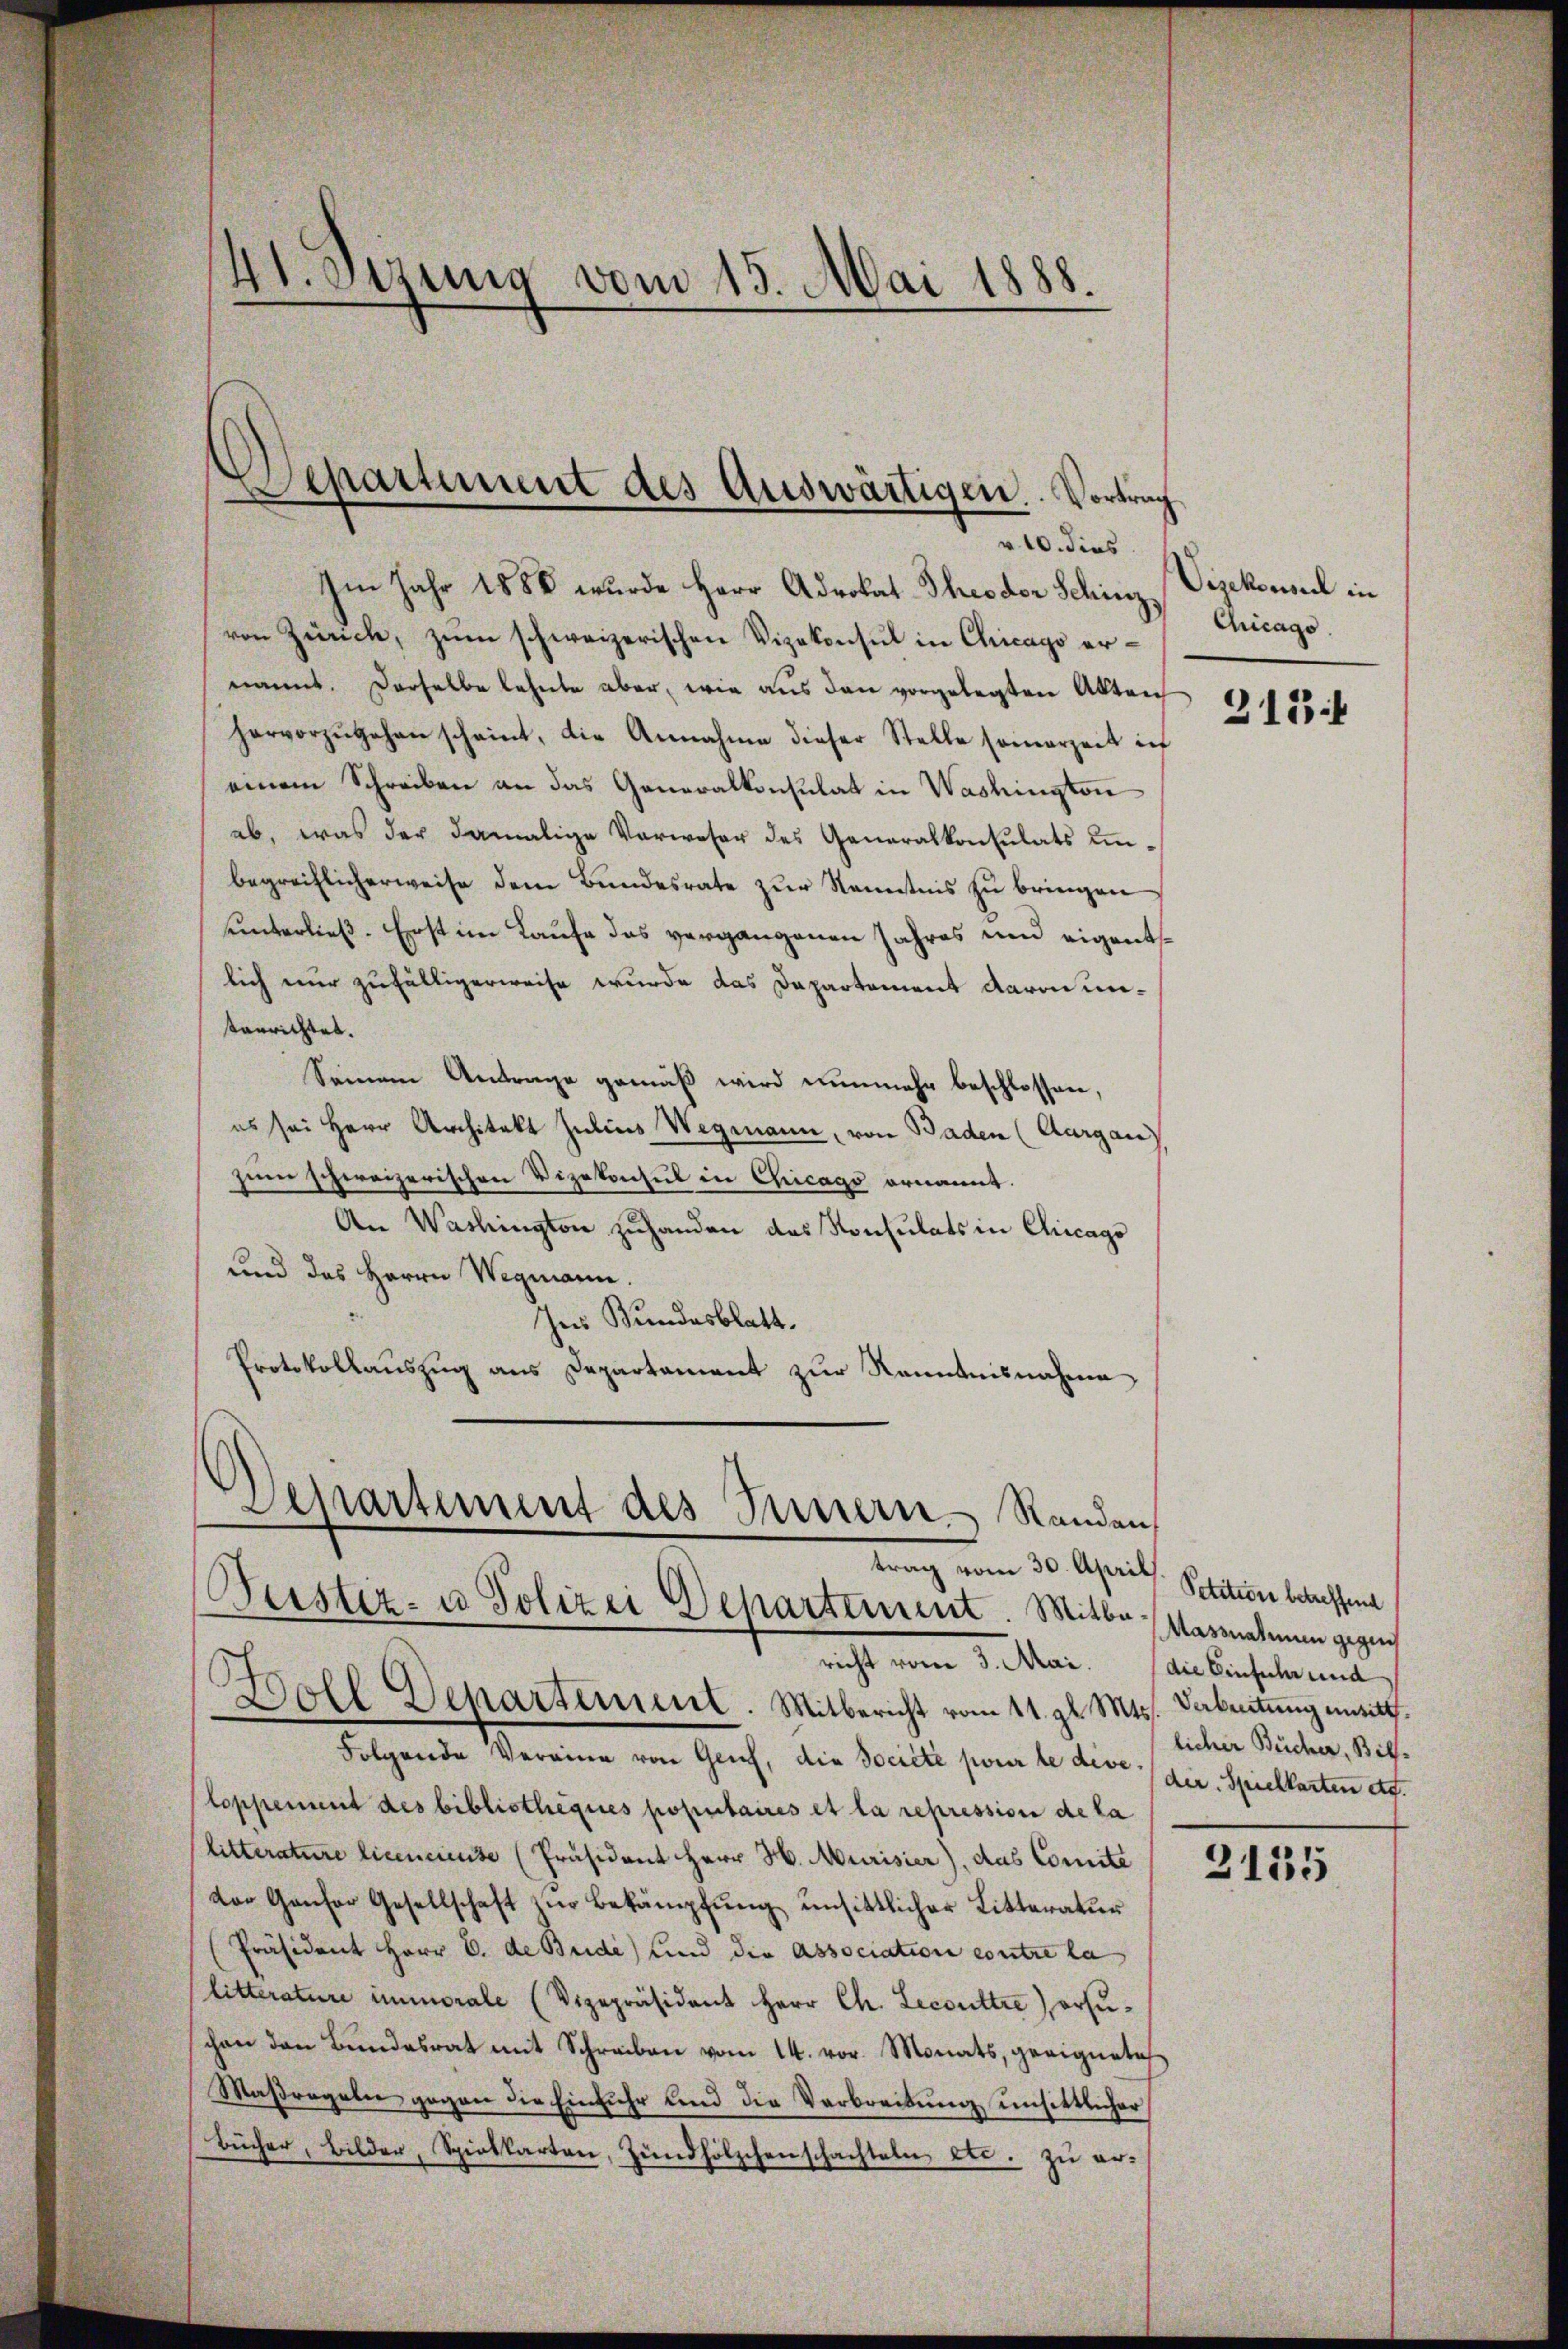
v. 10. dies
Im Jahr 1888 wurde Herr Advokat Theodor Schinz,
von Zürich, zŭm schweizerischen Vizekonsul in Chicago ernannt. Derselbe lehnte aber, wie aus den vorgelegten Akten
hervorzŭgehen scheint, die Annahme dieser Stelle somerzeit in
einem Schreiben an das Generalkonsulat in Washington
ab, was der damalige Verweser des Generalkonsulats unbegreiflicherweise dem Bundesrate zur Kenntnis zu bringen
unterließ. Erst im Laufe das vergangenen Jahres und eigentslich nur zufälligerweise wurde das Departement daran untanrichtet.
Seinem Antrage gemäß wird nunmehr beschlossen,
es sei Herr Architekt Julius Wegmann, von Baden (Aargau)
Eine schweizerischen Vizekonsul in Chicago ernannt.
An Washington zuhanden das Konsulats in Chicago
und das Herrn Wegmann.
Ins Bundesblatt.
Protokollauszug aus Departament zur Kenntnisnahme

41. Sizung vom 15. Mai 1888.

Departement des Auswärtigen. Vortrag

Boll Departement. Mitbericht vom 11. gl. Mts. Dabeitung unsitt¬
Folgende Vereine von Gruf, die Société pour le deve / der Spielkarten dt.
loppement des bibliotheques populaires et la repression de la
(litterature licencieuse (Präsident Herr H. Murisier), das Comité
dor Gansor Gesellschaft zur Bekämpfung unsittlicher Litteratur
Präsident Herr C. de Bude) und die Association contre la
litterature immorale (Vizepräsident Herr Ch. Lecouttre ersuschen den Bundesrat mit Schreiben vom 14. vor. Monats, geeignetes
Maβragalie gegen die Einfuhr und die Verbreitŭng unsittlicher
Bücher, Bilder, Spielkarten, Zündhölzchenschachteln etc. zu er¬

Departement des Innern Randen
trag vom 30. April. Petitione betreffent
Feister- u Polizei Departement. Mitbericht vom 3. Mai. die Einfach und

Vizekonsul in
Chicago.

2134

Massnahmen gegen
licher Bücher, Bil¬

2135